Lunatic asylums Central Provinces reports 1895-1909 - 1895-1909
Year: 1895
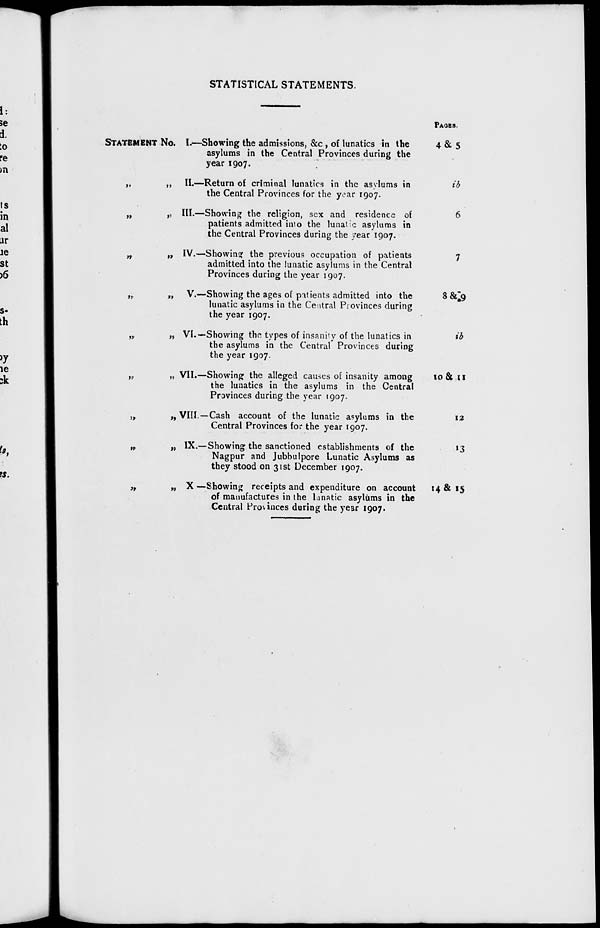
STATISTICAL STATEMENTS.
STATEMENT No.
„ „
„ „
„ „
„ „
„ „
„ „
„ „
„ „
„ „
I.—Showing the admissions, &c, of lunatics in the
asylums in the Central Provinces during the
year 1907.
II.—Return of criminal lunatics in the asylums in
the Central Provinces for the year 1907.
III.—Showing the religion, sex and residence of
patients admitted into the lunatic asylums in
the Central Provinces during the year 1907.
IV.—Showing the previous occupation of patients
admitted into the lunatic asylums in the Central
Provinces during the year 1907.
V.—Showing the ages of patients admitted into the
lunatic asylums in the Central Provinces during
the year 1907.
VI.—Showing the types of insanity of the lunatics in
the asylums in the Central Provinces during
the year 1907.
VII—Showing the alleged causes of insanity among
the lunatics in the asylums in the Central
Provinces during the year 1907.
VIII.—Cash account of the lunatic asylums in the
Central Provinces for the year 1907.
IX.—Showing the sanctioned establishments of the
Nagpur and Jubbulpore Lunatic Asylums as
they stood on 31st December 1907.
X. —Showing receipts and expenditure on account
of manufactures in the lunatic asylums in the
Central Provinces during the year 1907.
PAGES.
4&5
id
6
7
8&9
id
10& 11
12
13
14 & 15